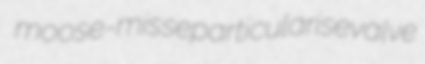
moose-misse particularise valve